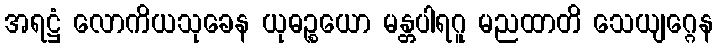
အရဋ္ဌံ လောကိယသုခေန ယုဓဉ္စယော မန္တပါရဂူ မညထာတိ သေယျဂ္ဂေန